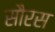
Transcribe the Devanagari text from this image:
सौरस